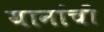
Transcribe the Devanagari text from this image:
यानांची